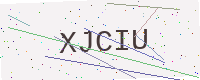
Text: XJCIU